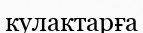
кулактарға